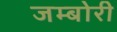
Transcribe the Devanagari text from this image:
जम्बोरी